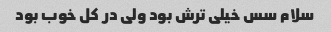
سلام سس خیلی ترش بود ولی در کل خوب بود